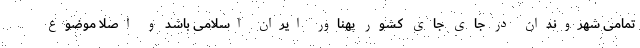
تمامی شهروندان در جای جای کشور پهناور ایران اسلامی باشد و اصلا موضوع